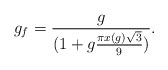
\begin{align*}g_f = {g \over (1 +g {\pi x(g) \sqrt{3} \over 9})}.\end{align*}